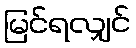
မြင်ရလျှင်